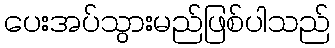
ပေးအပ်သွားမည်ဖြစ်ပါသည်